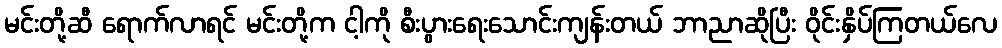
မင်းတို့ဆီ ရောက်လာရင် မင်းတို့က ငါ့ကို စီးပွားရေးသောင်းကျန်းတယ် ဘာညာဆိုပြီး ဝိုင်းနှိပ်ကြတယ်လေ